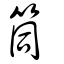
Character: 筒